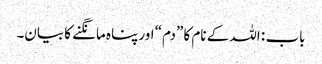
باب : اللہ کے نام کا ”دم“ اور پناہ مانگنے کا بیان۔